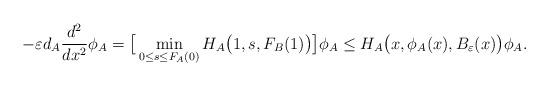
LaTeX: \begin{align*} -\varepsilon d_A \frac{d^2}{d x^2}\phi_A=\big[\min_{0\leq s\leq F_A(0)}H_A\big(1,s,F_B(1)\big)\big]\phi_A\leq H_A\big(x,\phi_A(x),B_\varepsilon(x)\big) \phi_A.\end{align*}